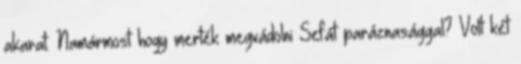
akarat. Namármost hogy merték megvádolni Sefát paráznasággal? Volt két